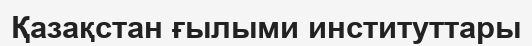
Қазақстан ғылыми институттары